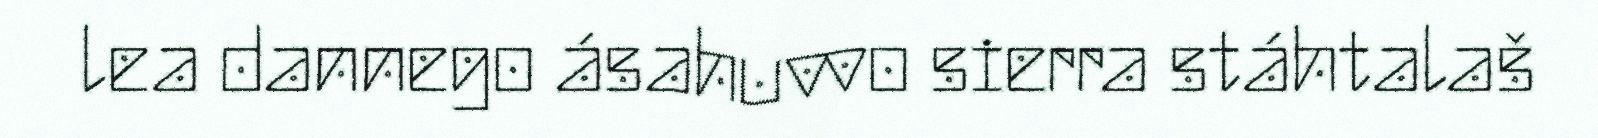
lea dannego ásahuvvo sierra stáhtalaš